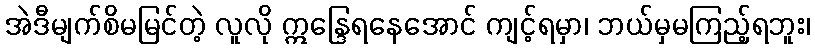
အဲဒီမျက်စိမမြင်တဲ့ လူလို ဣန္ဒြေရနေအောင် ကျင့်ရမှာ၊ ဘယ်မှမကြည့်ရဘူး၊